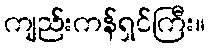
ကျည်းကန်ရှင်ကြီး။